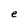
Character: e